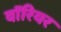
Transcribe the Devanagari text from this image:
वाॅरियर